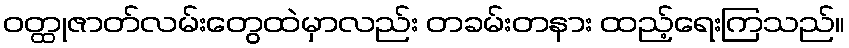
ဝတ္ထုဇာတ်လမ်းတွေထဲမှာလည်း တခမ်းတနား ထည့်ရေးကြသည်။